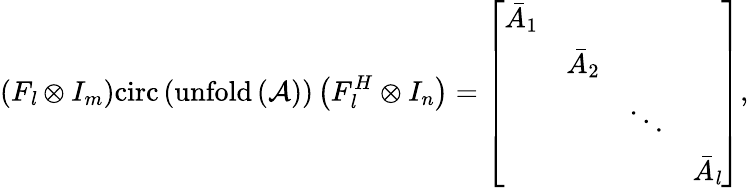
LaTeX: \left(F_{\mathit{l}}\otimes I_{m}\right)\mathrm{circ}\left(\mathrm{unfold\left(\mathcal{A}\right)}\right)\left(F_{\mathit{l}}^{H}\otimes I_{n}\right)=\left[\begin{array}{llll}{\bar{A}_{1}}&&&\\ &{\bar{A}_{2}}&&\\ &&{\ddots}&\\ &&&{\bar{A}_{\mathit{l}}}\end{array}\right],